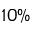
1 0 \%